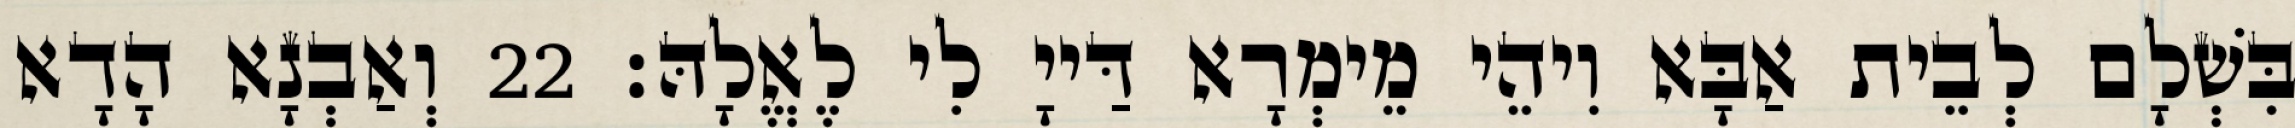
בִּשְׁלָם לְבֵית אַבָּא וִיהֵי מֵימְרָא דַּייָ לִי לֶאֱלָהּ׃ 22 וְאַבְנָא הָדָא